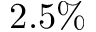
2 . 5 \%